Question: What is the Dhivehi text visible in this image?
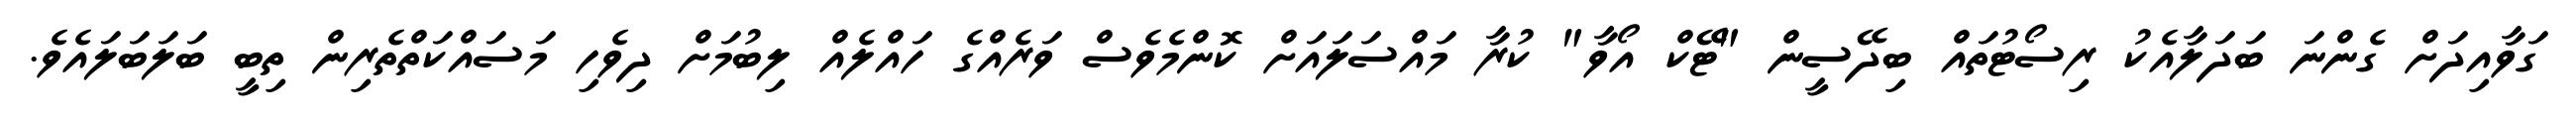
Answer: ގަވާއިދަށް ގެންނަ ބަދަލާއެކު ރިސޯޓުތައް ބިދޭސީން "ޓޭކް އޯވާ" ކުރާ މައްސަލައަށް ކޮންމެވެސް ވަރެއްގެ ހައްލެއް ލިބުމަށް ދިވެހި މަސައްކަތްތެރިން ތިބީ ބަލަބަލައެވެ.